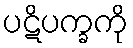
ပဋိပက္ခကို